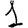
Digit: 1